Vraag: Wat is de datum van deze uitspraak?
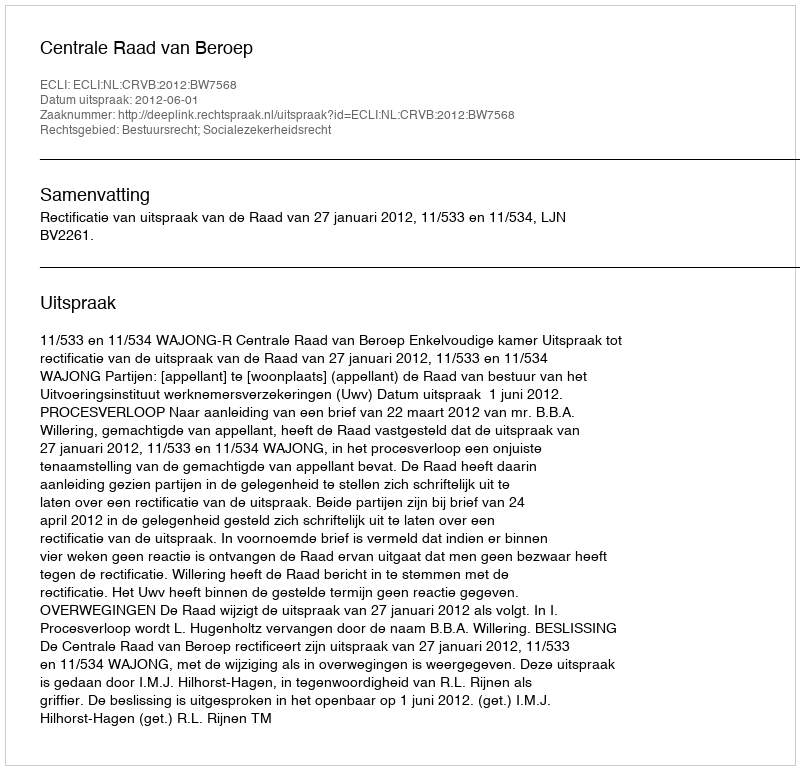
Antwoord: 2012-06-01